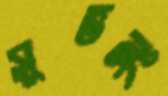
সুভলং